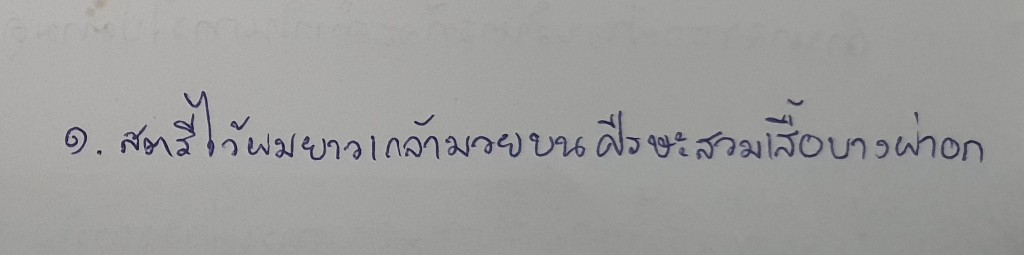
๑. สตรีไว้ผมยาวเกล้ามวยบนศีรษะสวมเสื้อบางผ่าอก